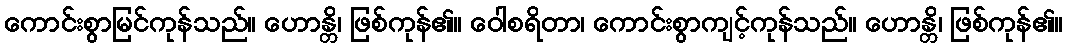
ကောင်းစွာမြင်ကုန်သည်။ ဟောန္တိ၊ ဖြစ်ကုန်၏။ ဝေါစရိတာ၊ ကောင်းစွာကျင့်ကုန်သည်။ ဟောန္တိ၊ ဖြစ်ကုန်၏။